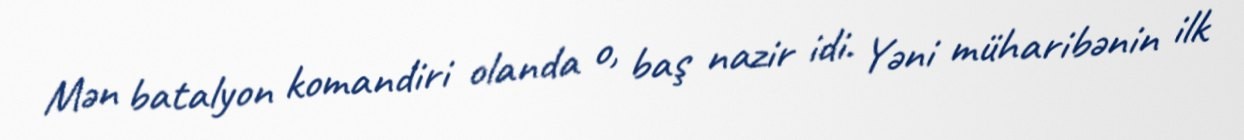
Mən batalyon komandiri olanda o, baş nazir idi. Yəni müharibənin ilk